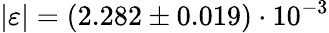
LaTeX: |\varepsilon|=(2.282\pm 0.019)\cdot 10^{-3}